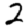
Digit: 2